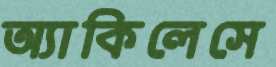
অ্যাকিলেসে